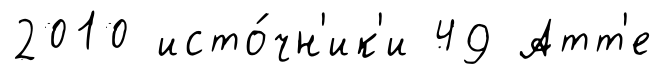
2010 исто́чн'ик'и 49 Атт'е